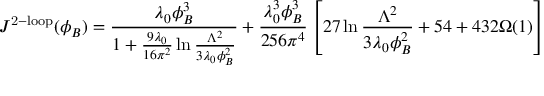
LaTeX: J ^ { \mathrm { 2 - l o o p } } ( \phi _ { B } ) = \frac { \lambda _ { 0 } \phi _ { B } ^ { 3 } } { 1 + \frac { 9 \lambda _ { 0 } } { 1 6 \pi ^ { 2 } } \ln \frac { \Lambda ^ { 2 } } { 3 \lambda _ { 0 } \phi _ { B } ^ { 2 } } } + \frac { \lambda _ { 0 } ^ { 3 } \phi _ { B } ^ { 3 } } { 2 5 6 \pi ^ { 4 } } \left[ 2 7 \ln \frac { \Lambda ^ { 2 } } { 3 \lambda _ { 0 } \phi _ { B } ^ { 2 } } + 5 4 + 4 3 2 \Omega ( 1 ) \right]